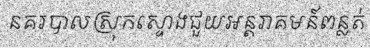
នគរបាលស្រុកស្ទោងជួយអន្តរាគមន៍ពន្លត់